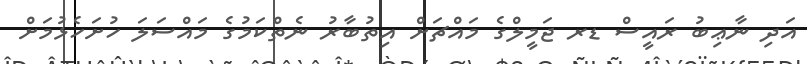
އަދި ނާޢިބު ރައީސް ޑރ ޖަމީލްގެ މައްޗަށް އިތުބާރު ނެތްކަމުގެ މައްސަލަ ހުށަހެޅުމަށް